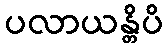
ပလာယန္တိပိ